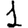
Digit: 1